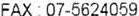
FAX : 07-5624059